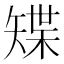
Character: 𥏭